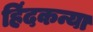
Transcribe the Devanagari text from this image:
हिंदकन्या